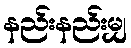
နည်းနည်းမျှ